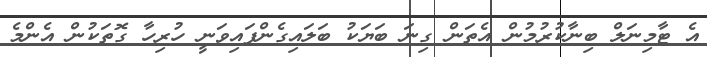
އެ ޓާމިނަލް ބިނާކުރުމުން އެތަން ގިނަ ބަޔަކު ބަލައިގެންފައިވަނީ ހުރިހާ ގޮތަކުން އެންމެ